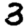
Digit: 3